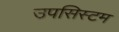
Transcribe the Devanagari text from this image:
उपसिस्टम